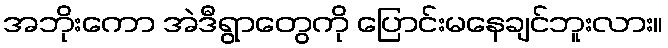
အဘိုးကော အဲဒီရွာတွေကို ပြောင်းမနေချင်ဘူးလား။